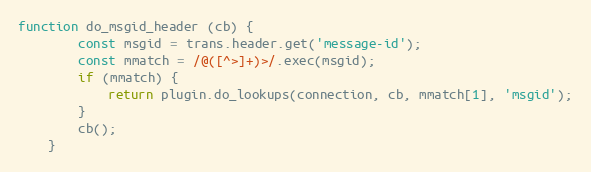
Language: JavaScript
function do_msgid_header (cb) {
        const msgid = trans.header.get('message-id');
        const mmatch = /@([^>]+)>/.exec(msgid);
        if (mmatch) {
            return plugin.do_lookups(connection, cb, mmatch[1], 'msgid');
        }
        cb();
    }